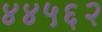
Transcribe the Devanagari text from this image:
४४५६२